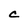
Character: C